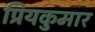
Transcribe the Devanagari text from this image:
प्रियकुमार